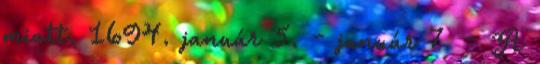
miatt. 1694. január 5. – január 7. – A